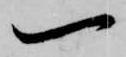
一